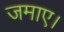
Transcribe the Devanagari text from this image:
जमाए।